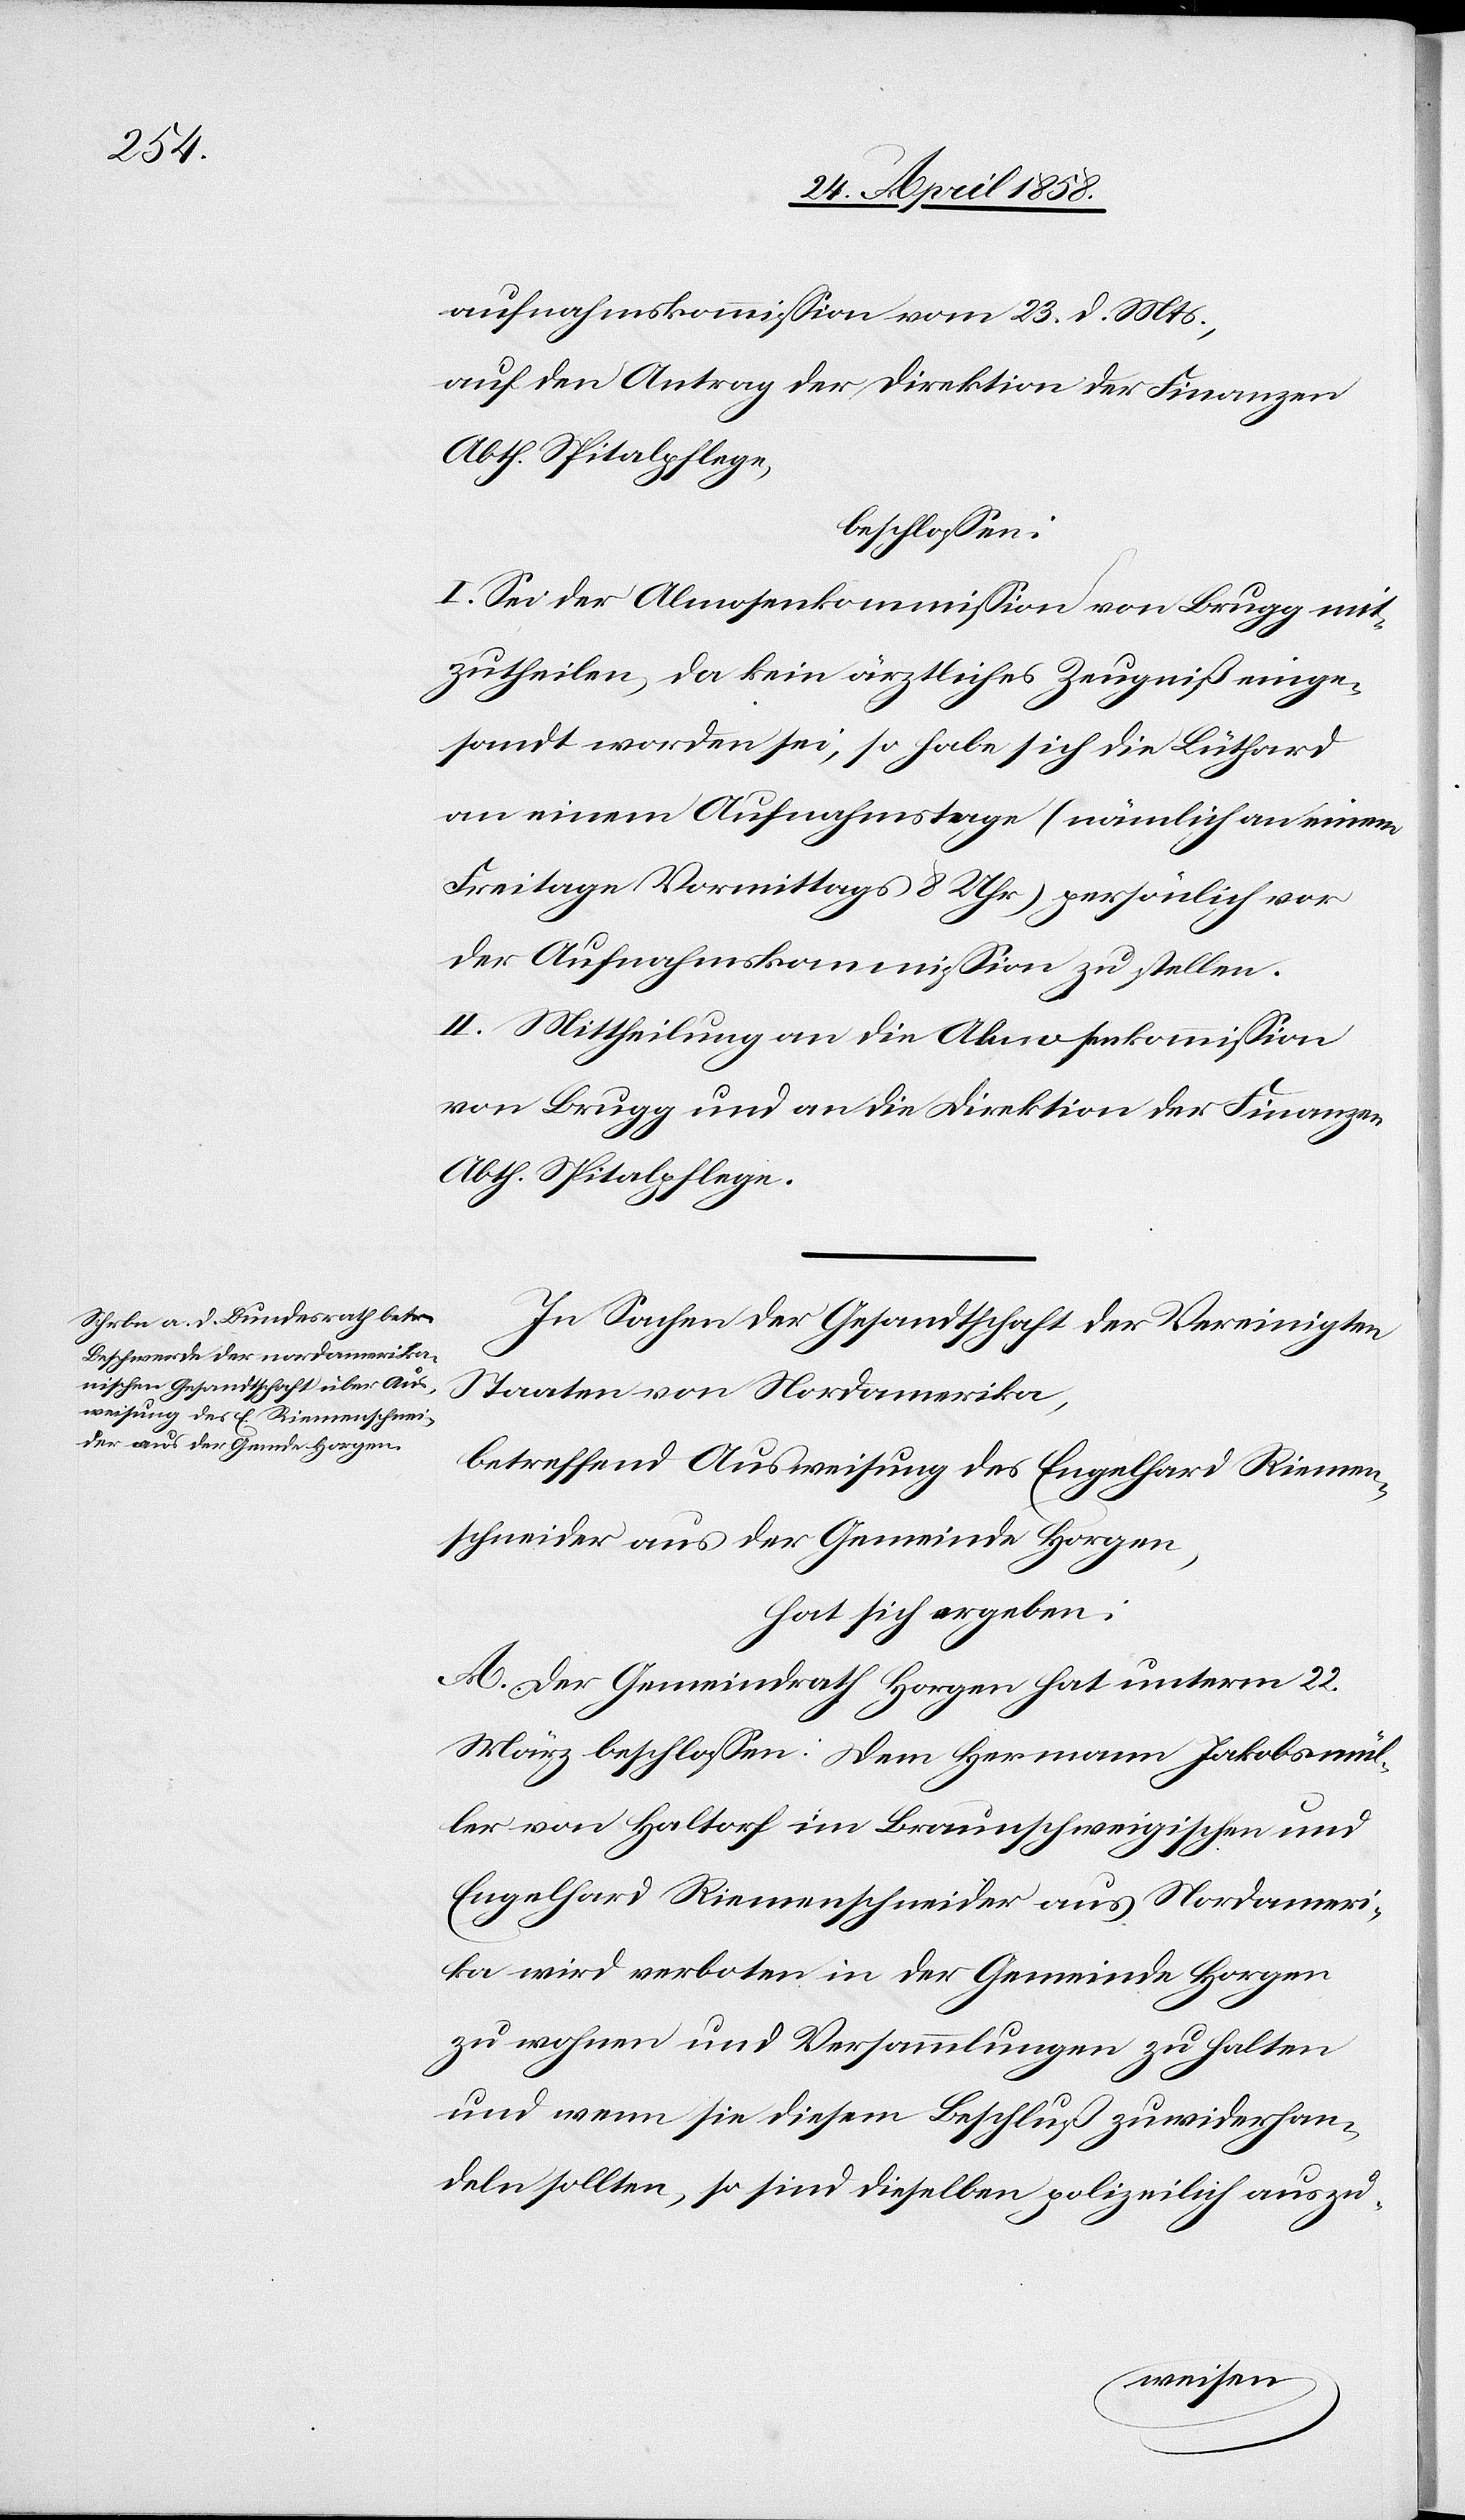
aufnahmskommission vom 23. d. Mts.,
auf den Antrag der Direktion der Finanzen
Abth. Spitalpflege,
beschlossen:
I. Sei der Almosenkommission von Brugg mit¬
zutheilen, da kein ärztliches Zeugniß einge¬
sandt worden sei, so habe sich die Lüthard
an einem Aufnahmstage (nämlich an einem
Freitage Vormittags 8 Uhr) persönlich vor
der Aufnahmskommission zu stellen.
II. Mittheilung an die Almosenkommission
von Brugg und an die Direktion der Finanzen
Abth. Spitalpflege.
In Sachen der Gesandtschaft der Vereinigten
Staaten von Nordamerika,
betreffend Ausweisung des Engelhard Riemen¬
schneider aus der Gemeinde Horgen,
hat sich ergeben:
A. Der Gemeindrath Horgen hat unterm 22.
März beschlossen: Dem Hermann Jakobsmül¬
ler von Haltorf im Braunschweigischen und
Engelhard Riemenschneider aus Nordameri¬
ka wird verboten in der Gemeinde Horgen
zu wohnen und Versammlungen zu halten
und wenn sie diesen Beschluß zuwiderhan¬
deln sollten, so sind dieselben polizeilich auszu-